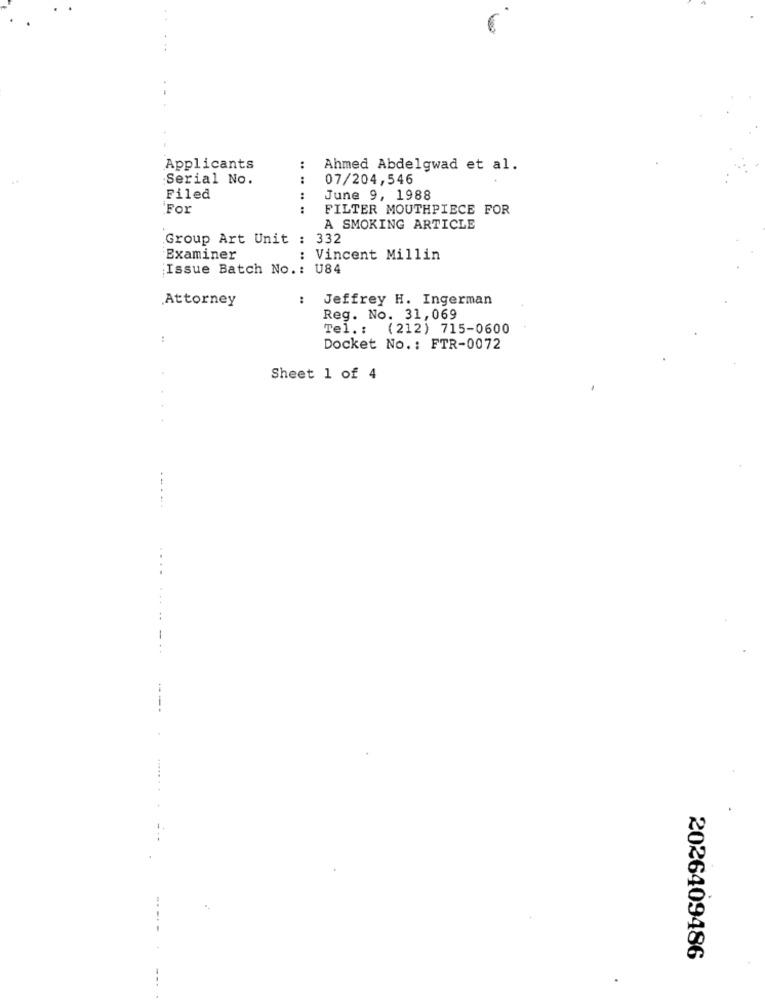
Applicants
:
Ahmed Abdelgwad et al.
Serial No.
:
07/204,546
Filed
June 9, 1988
`For
:
FILTER MOUTHPIECE FOR
A SMOKING ARTICLE
Group Art Unit : 332
Examiner
Vincent Millin
Issue Batch No .: U84
Attorney
:
Jeffrey H. Ingerman
Reg. No. 31,069
Tel .: (212) 715-0600
:
Docket No .: FTR-0072
Sheet 1 of 4
..... -.
----
..... ..
2026409486